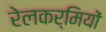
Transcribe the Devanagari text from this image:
रेलकर्मियों